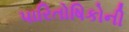
પારિતોષિકોની